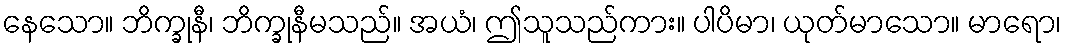
နေသော။ ဘိက္ခုနီ၊ ဘိက္ခုနီမသည်။ အယံ၊ ဤသူသည်ကား။ ပါပိမာ၊ ယုတ်မာသော။ မာရော၊